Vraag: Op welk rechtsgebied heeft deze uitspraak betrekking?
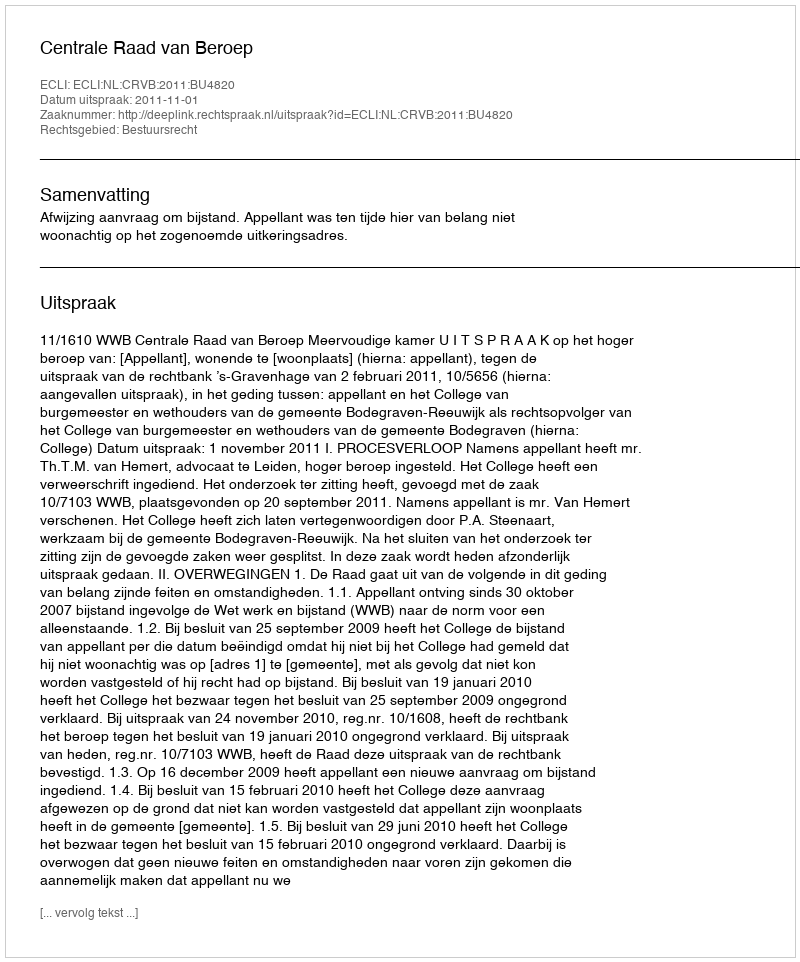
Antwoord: Bestuursrecht